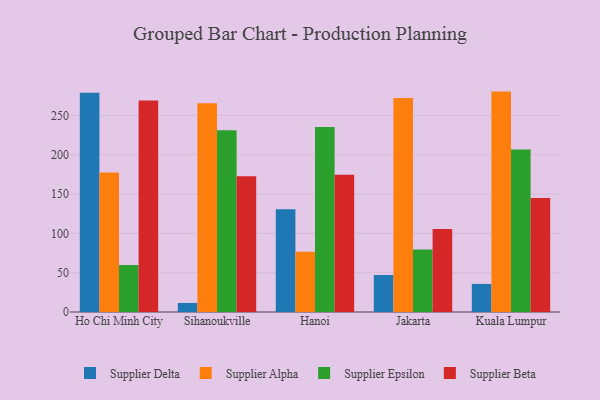
{"axis": {"x": "City", "y": "Inventory Turnover"}, "legend": ["Supplier Alpha", "Supplier Beta", "Supplier Delta", "Supplier Epsilon"], "data": [{"x": "Ho Chi Minh City", "y": 278.8, "type": "Supplier Delta"}, {"x": "Ho Chi Minh City", "y": 177.4, "type": "Supplier Alpha"}, {"x": "Ho Chi Minh City", "y": 59.7, "type": "Supplier Epsilon"}, {"x": "Ho Chi Minh City", "y": 269.1, "type": "Supplier Beta"}, {"x": "Sihanoukville", "y": 11.5, "type": "Supplier Delta"}, {"x": "Sihanoukville", "y": 265.4, "type": "Supplier Alpha"}, {"x": "Sihanoukville", "y": 231.2, "type": "Supplier Epsilon"}, {"x": "Sihanoukville", "y": 172.6, "type": "Supplier Beta"}, {"x": "Hanoi", "y": 130.8, "type": "Supplier Delta"}, {"x": "Hanoi", "y": 76.5, "type": "Supplier Alpha"}, {"x": "Hanoi", "y": 235.2, "type": "Supplier Epsilon"}, {"x": "Hanoi", "y": 174.6, "type": "Supplier Beta"}, {"x": "Jakarta", "y": 47.1, "type": "Supplier Delta"}, {"x": "Jakarta", "y": 272.2, "type": "Supplier Alpha"}, {"x": "Jakarta", "y": 79.6, "type": "Supplier Epsilon"}, {"x": "Jakarta", "y": 105.5, "type": "Supplier Beta"}, {"x": "Kuala Lumpur", "y": 35.7, "type": "Supplier Delta"}, {"x": "Kuala Lumpur", "y": 280.3, "type": "Supplier Alpha"}, {"x": "Kuala Lumpur", "y": 206.6, "type": "Supplier Epsilon"}, {"x": "Kuala Lumpur", "y": 145.0, "type": "Supplier Beta"}]}